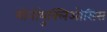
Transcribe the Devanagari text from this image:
मोनोंयुक्लिओसिस